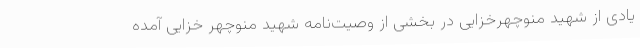
یادی از شهید منوچهرخزایی در بخشی از وصیت‌نامه شهید منوچهر خزایی آمده